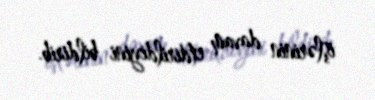
işlərinin davam etdirildiyini bildirib.